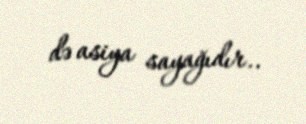
də asiya sayağıdır..